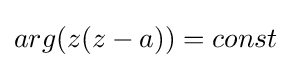
arg(z(z-a))=const